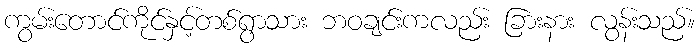
ကွမ်းတောင်ကိုင်နှင့်တစ်ရွာသား ဘဝချင်းကလည်း ခြားနား လွန်းသည်။